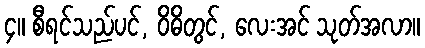
၄။ စီရင်သည်ပင်, ဝိဓိတွင်, လေးအင် သုတ်အလာ။